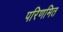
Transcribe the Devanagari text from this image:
परिणमित